Indian journal of veterinary science and animal husbandry - Volume 9,
Year: 1939
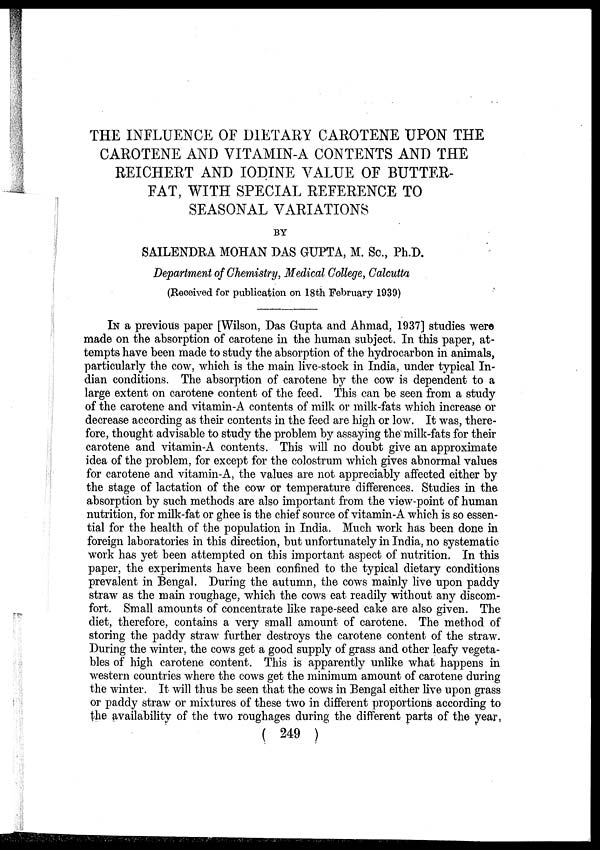
THE INFLUENCE OF DIETARY CAROTENE UPON THE
CAROTENE AND VITAMIN-A CONTENTS AND THE
REICHERT AND IODINE VALUE OF BUTTER-
FAT, WITH SPECIAL REFERENCE TO
SEASONAL VARIATIONS
BY
SAILENDRA MOHAN DAS GUPTA, M. Sc., Ph.D.
Department of Chemistry, Medical College, Calcutta
(Received for publication on 18th February 1939)
IN a previous paper [Wilson, Das Gupta and Ahmad, 1937] studies were
made on the absorption of carotene in the human subject. In this paper, at-
tempts have been made to study the absorption of the hydrocarbon in animals,
particularly the cow, which is the main live-stock in India, under typical In-
dian conditions. The absorption of carotene by the cow is dependent to a
large extent on carotene content of the feed. This can be seen from a study
of the carotene and vitamin-A contents of milk or milk-fats which increase or
decrease according as their contents in the feed are high or low. It was, there-
fore, thought advisable to study the problem by assaying the milk-fats for their
carotene and vitamin-A contents. This will no doubt give an approximate
idea of the problem, for except for the colostrum which gives abnormal values
for carotene and vitamin-A, the values are not appreciably affected either by
the stage of lactation of the cow or temperature differences. Studies in the
absorption by such methods are also important from the view-point of human
nutrition, for milk-fat or ghee is the chief source of vitamin-A which is so essen-
tial for the health of the population in India. Much work has been done in
foreign laboratories in this direction, but unfortunately in India, no systematic
work has yet been attempted on this important aspect of nutrition. In this
paper, the experiments have been confined to the typical dietary conditions
prevalent in Bengal. During the autumn, the cows mainly live upon paddy
straw as the main roughage, which the cows eat readily without any discom-
fort. Small amounts of concentrate like rape-seed cake are also given. The
diet, therefore, contains a very small amount of carotene. The method of
storing the paddy straw further destroys the carotene content of the straw.
During the winter, the cows get a good supply of grass and other leafy vegeta-
bles of high carotene content. This is apparently unlike what happens in
western countries where the cows get the minimum amount of carotene during
the winter. It will thus be seen that the cows in Bengal either live upon grass
or paddy straw or mixtures of these two in different proportions according to
the availability of the two roughages during the different parts of the year,
( 249 )